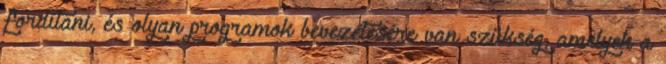
fordítani, és olyan programok bevezetésére van szükség, amelyek a